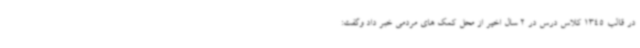
در قالب 1345 کلاس درس در 2 سال اخیر از محل کمک های مردمی خبر داد وگفت: